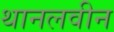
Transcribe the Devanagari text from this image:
थानलवीन